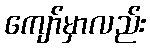
ကျော်မှာလည်း